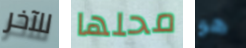
للآخر محلها هو